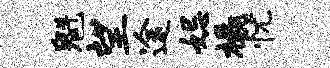
魁望途妃橇忧